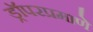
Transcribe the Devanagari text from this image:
ड्रॉपरप्रमाणे